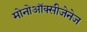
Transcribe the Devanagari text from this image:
मोनोऑक्सीजेनेज